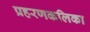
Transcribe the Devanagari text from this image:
प्रहरणकलिका